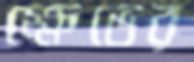
ক্ষেভের